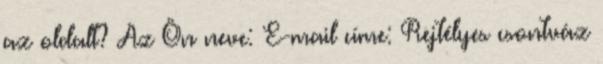
az oldalt? Az Ön neve: E-mail címe: Rejtélyes csontváz